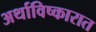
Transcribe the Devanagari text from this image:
अर्थाविष्कारात